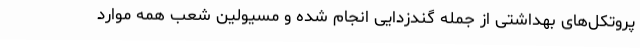
پروتکل‌های بهداشتی از جمله گندزدایی انجام شده و مسیولین شعب همه موارد